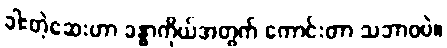
ခါးတဲ့ဆေးဟာ ခန္ဓာကိုယ်အတွက် ကောင်းတာ သဘာဝပဲ။